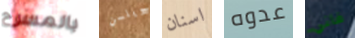
بالمسرح ويلسن اسنان عدوه فاني